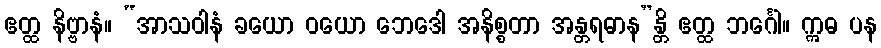
ဧတ္ထ နိဗ္ဗာနံ။ “အာသဝါနံ ခယော ဝယော ဘေဒေါ အနိစ္စတာ အန္တရဓာန”န္တိ ဧတ္ထ ဘင်္ဂေါ။ ဣဓ ပန